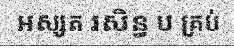
អស្សត រសិន្ធ ប គ្រប់